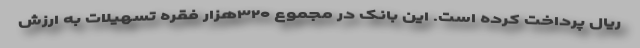
ريال پرداخت کرده است. اين بانک در مجموع ۳۲۰هزار فقره تسهيلات به ارزش